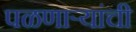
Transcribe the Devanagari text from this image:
पळणाऱ्यांची